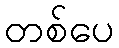
တစ်ပေ